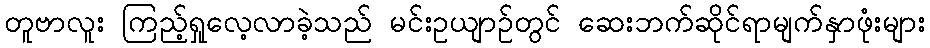
တူဗာလူး ကြည့်ရှုလေ့လာခဲ့သည် မင်းဥယျာဉ်တွင် ဆေးဘက်ဆိုင်ရာမျက်နှာဖုံးများ